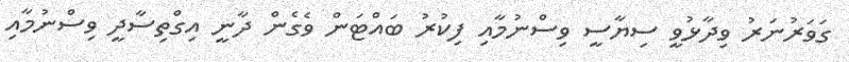
ގަވަރުނަރު ވިދާޅުވީ ސިޔާސީ ވިސްނުމާއި ފިކުރު ބައްޓަން ވެގެން ދާނީ އިގްތިސާދީ ވިސްނުމާއި